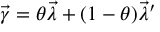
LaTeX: { \vec { \gamma } } = \theta { \vec { \lambda } } + ( 1 - \theta ) { \vec { \lambda } } ^ { \prime }